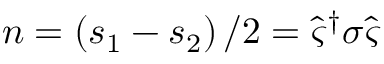
\boldsymbol { n } = \left( \boldsymbol { s } _ { 1 } - \boldsymbol { s } _ { 2 } \right) / 2 = \hat { \varsigma } ^ { \dagger } \boldsymbol { \sigma } \hat { \varsigma }